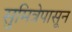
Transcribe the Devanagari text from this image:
सुमित्रेपासून